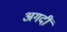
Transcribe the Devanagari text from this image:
अगदीं